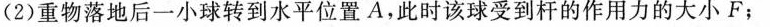
(2)重物落地后一小球转到水平位置A，此时该球受到杆的作用力的大小F；